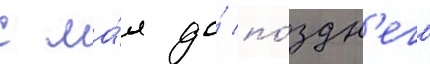
с ма́я до́ по́здн'его